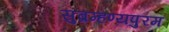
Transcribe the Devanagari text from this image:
सुब्रम्हण्यपुरम